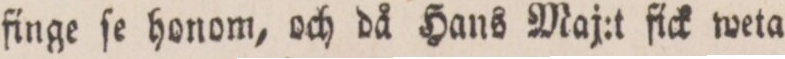
finge ſe honom, och då Hans Maj:t fick weta